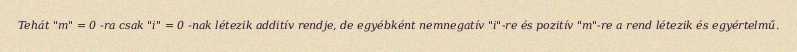
Tehát "m" = 0 -ra csak "i" = 0 -nak létezik additív rendje, de egyébként nemnegatív "i"-re és pozitív "m"-re a rend létezik és egyértelmű.